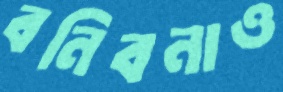
বনিবনাও